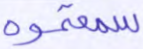
سمعتموه